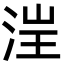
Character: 𪶁